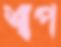
শাপ